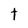
Character: t